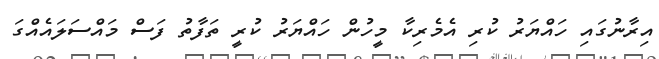
އިރާނުގައި ހައްޔަރު ކުރި އެމެރިކާ މީހުން ހައްޔަރު ކުރީ ތަފާތު ފަސް މައްސަލައެއްގަ